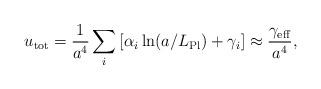
LaTeX: \begin{align*}u_{\rm tot}={1\over a^4}\sum_i\left[\alpha_i\ln(a/L_{\rm Pl})+\gamma_i\right]\approx{\gamma_{\rm eff}\over a^4},\end{align*}